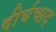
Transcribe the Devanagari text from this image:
दीर्घच्छद